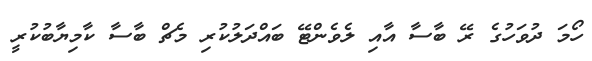
ހޯމަ ދުވަހުގެ ރޭ ބާސާ އާއި ލެވެންޓޭ ބައްދަލުކުރި މެޗް ބާސާ ކާމިޔާބުކުރީ